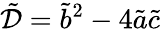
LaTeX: \tilde{\mathcal{D}}=\tilde{b}^{2}-4\tilde{a}\tilde{c}